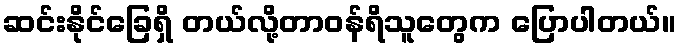
ဆင်းနိုင်ခြေရှိ တယ်လို့တာဝန်ရိသူတွေက ပြောပါတယ်။